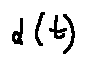
\alpha ( t )